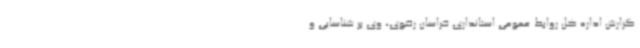
گزارش اداره کل روابط عمومی استانداری خراسان رضوی، وی بر شناسایی و